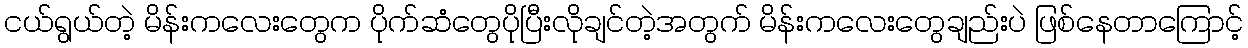
ငယ်ရွယ်တဲ့ မိန်းကလေးတွေက ပိုက်ဆံတွေပိုပြီးလိုချင်တဲ့အတွက် မိန်းကလေးတွေချည်းပဲ ဖြစ်နေတာကြောင့်